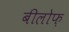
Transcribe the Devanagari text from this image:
बीलोफ़